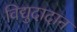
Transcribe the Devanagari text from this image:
विद्युदादान